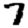
Digit: 7